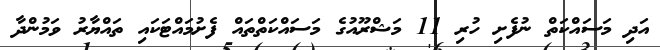
އަދި މަސައްކަތް ނުފެށި ހުރި 11 މަޝްރޫއުގެ މަސައްކަތްތައް ފެށުމައްޓަކައި ތައްޔާރު ވަމުންދާ